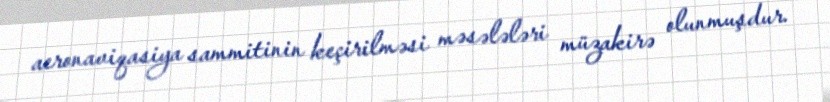
aeronaviqasiya sammitinin keçirilməsi məsələləri müzakirə olunmuşdur.